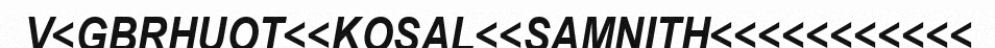
V<GBRHUOT<<KOSAL<<SAMNITH<<<<<<<<<<<